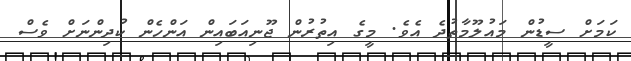
ކަމަށް ސީޑުން މައުލޫމާތުދެ އެވެ. މީގެ އިތުރުން ޖޫނިއަބައިން އަންހެން ކުދިންނަށް ވެސް